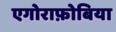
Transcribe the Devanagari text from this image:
एगोराफ़ोबिया